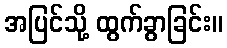
အပြင်သို့ ထွက်ခွာခြင်း။